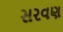
સરવણ